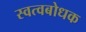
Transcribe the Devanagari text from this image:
स्वत्वबोधक